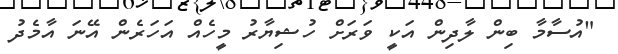
"އުސާމާ ބިން ލާދިން އަކީ ވަރަށް ހުޝިޔާރު މީހެއް އަހަރެން އޭނަ އާމެދު